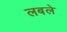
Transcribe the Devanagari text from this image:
लबले